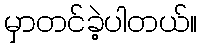
မှာတင်ခဲ့ပါတယ်။